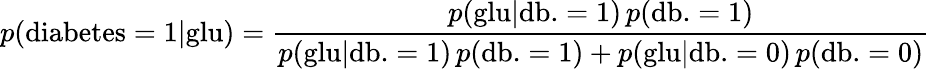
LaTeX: p({\mathrm{diabetes}}=1|{\mathrm{glu}})={\frac{p({\mathrm{glu}}|{\mathrm{db.}}=1)\, p({\mathrm{db.}}=1)}{p({\mathrm{glu}}|{\mathrm{db.}}=1)\, p({\mathrm{db.}}=1)+p({\mathrm{glu}}|{\mathrm{db.}}=0)\, p({\mathrm{db.}}=0)}}